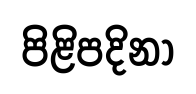
පිළිපදිනා